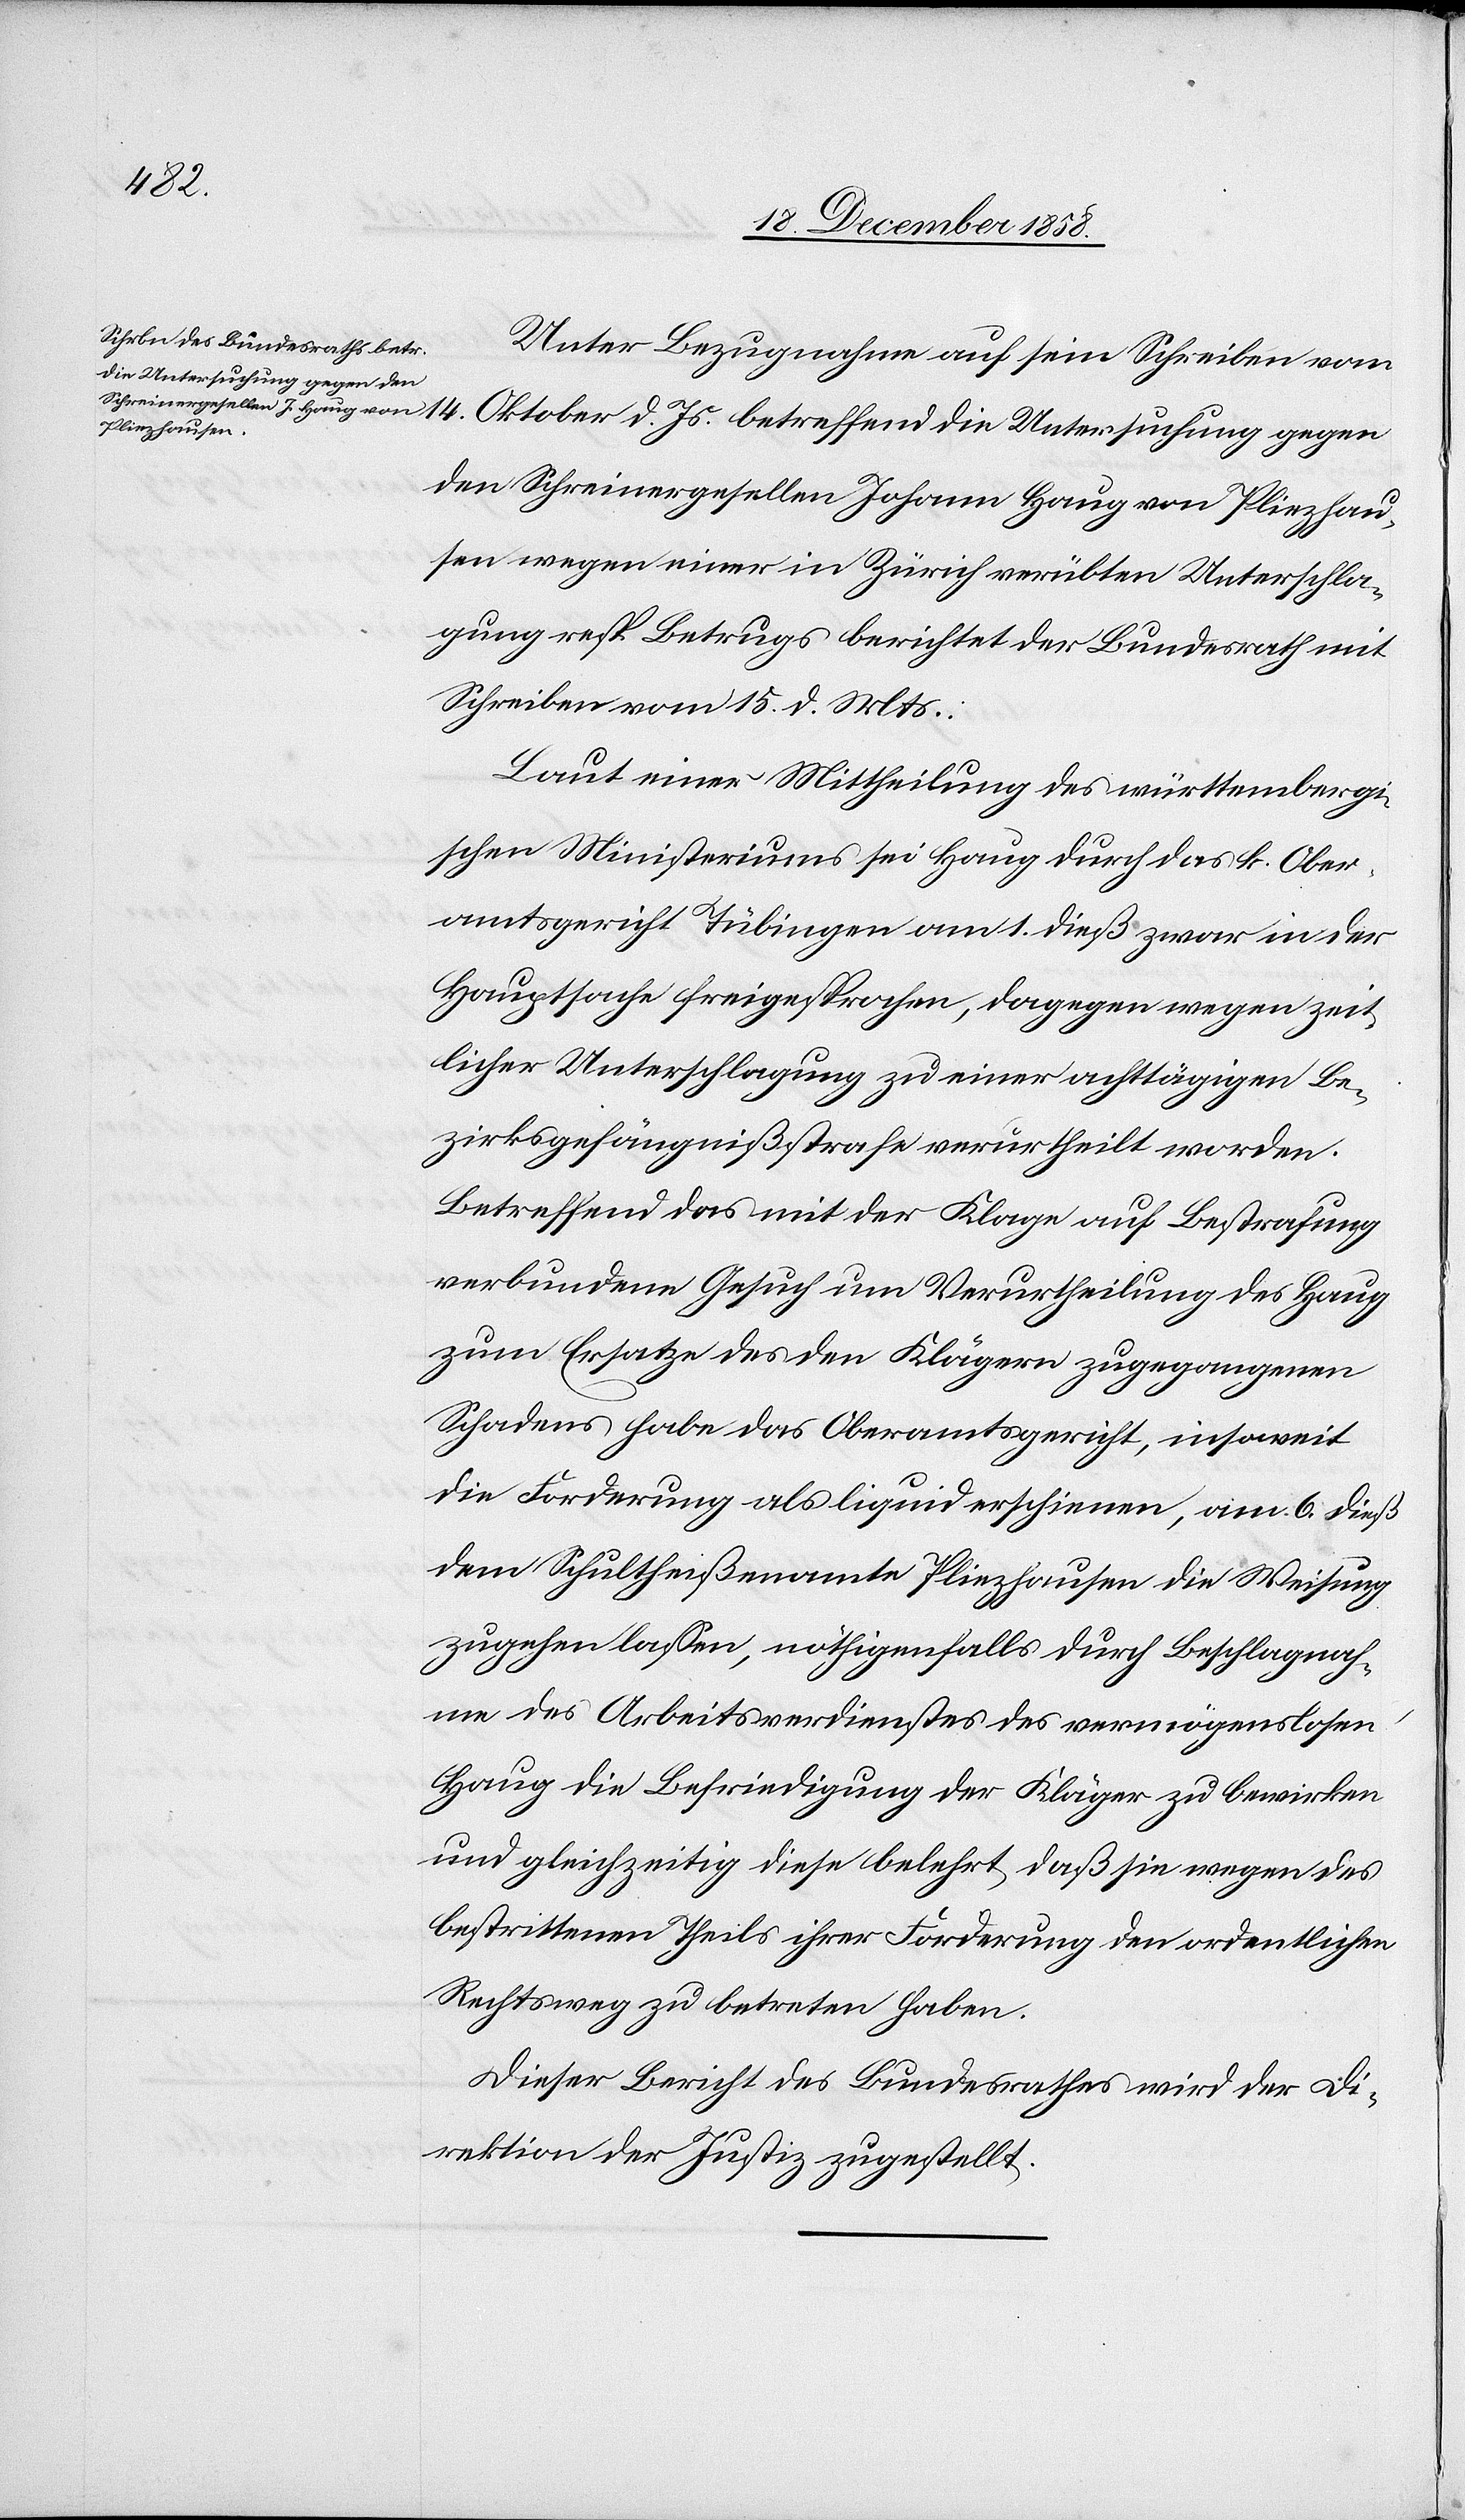
März,
den sollen,